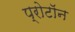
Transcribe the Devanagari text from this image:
प्रोटाॅन